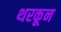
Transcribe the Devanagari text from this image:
थरकून